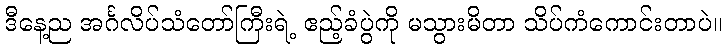
ဒီနေ့ည အင်္ဂလိပ်သံတော်ကြီးရဲ့ ဧည့်ခံပွဲကို မသွားမိတာ သိပ်ကံကောင်းတာပဲ။